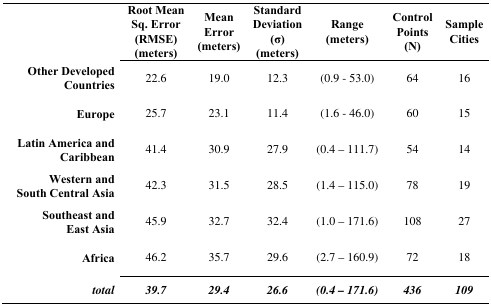
|  | Root Mean Sq. Error (RMSE) (meters) | Mean Error (meters) | Standard Deviation (σ) (meters) | Range (meters) | Control Points (N) | Sample Cities |
 | --- | --- | --- | --- | --- | --- | --- |
 | Other Developed Countries | 22.6 | 19.0 | 12.3 | (0.9 - 53.0) | 64 | 16 |
 | Europe | 25.7 | 23.1 | 11.4 | (1.6 - 46.0) | 60 | 15 |
 | Latin America and Caribbean | 41.4 | 30.9 | 27.9 | (0.4 – 111.7) | 54 | 14 |
 | Western and South Central Asia | 42.3 | 31.5 | 28.5 | (1.4 – 115.0) | 78 | 19 |
 | Southeast and East Asia | 45.9 | 32.7 | 32.4 | (1.0 – 171.6) | 108 | 27 |
 | Africa | 46.2 | 35.7 | 29.6 | (2.7 – 160.9) | 72 | 18 |
 | total | 39.7 | 29.4 | 26.6 | (0.4 – 171.6) | 436 | 109 |